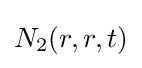
N_{2}(r,r,t)